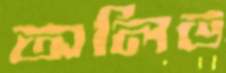
অলিভ